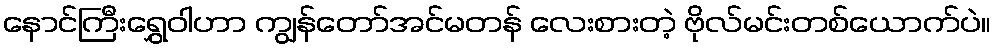
နောင်ကြီးရွှေဝါဟာ ကျွန်တော်အင်မတန် လေးစားတဲ့ ဗိုလ်မင်းတစ်ယောက်ပဲ။